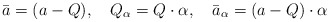
\begin{align*}\bar{a}=(a-Q),\quad Q_\alpha =Q\cdot \alpha ,\quad \bar{a}_\alpha=(a-Q)\cdot \alpha \end{align*}